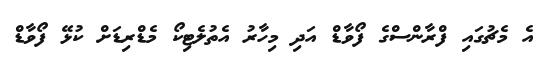
އެ މެޗުގައި ފްރާންސްގެ ފޯވާޑް އަދި މިހާރު އެތުލެޓިކޯ މެޑްރިޑަށް ކުޅޭ ފޯވާޑް